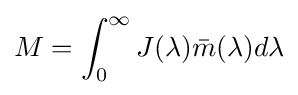
M=\int _{0}^{\infty }J(\lambda ){\bar {m}}(\lambda )d\lambda